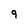
Character: 9